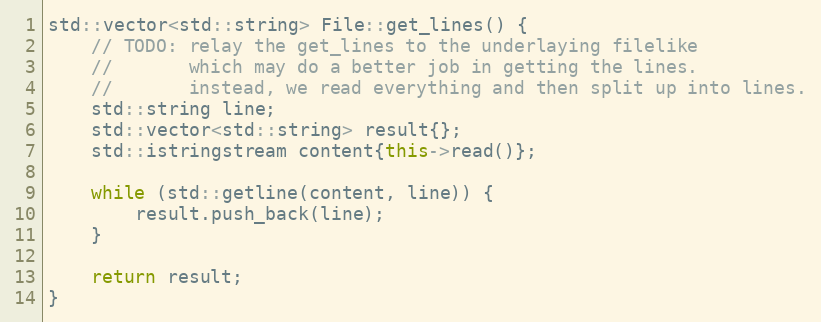
Language: C++
std::vector<std::string> File::get_lines() {
	// TODO: relay the get_lines to the underlaying filelike
	//       which may do a better job in getting the lines.
	//       instead, we read everything and then split up into lines.
	std::string line;
	std::vector<std::string> result{};
	std::istringstream content{this->read()};

	while (std::getline(content, line)) {
		result.push_back(line);
	}

	return result;
}